Annual administration report of the Civil Veterinary Department, Ajmere-Merwara, British Rajputana - 1914-1940
Year: 1914
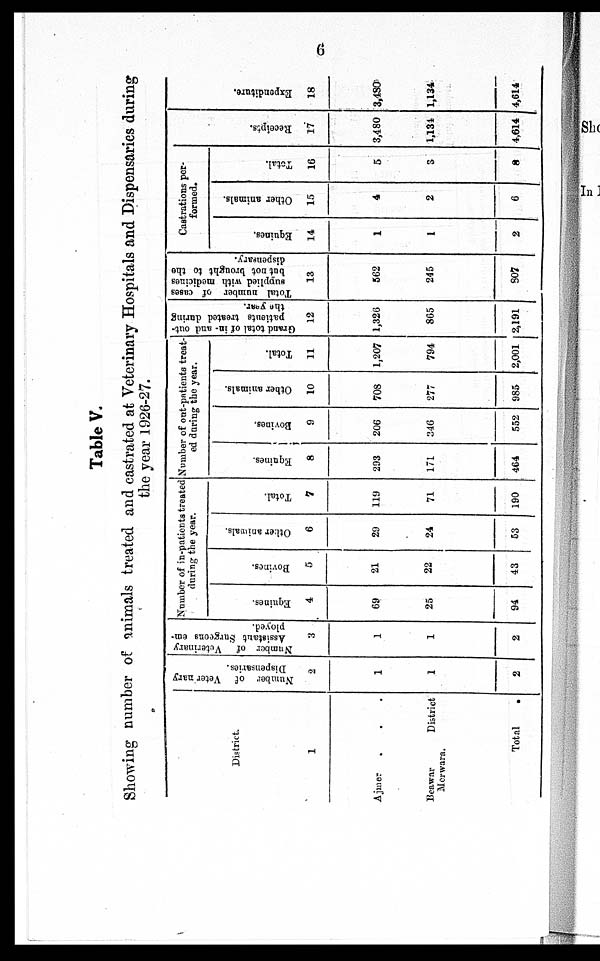
6
Table V.
Showing number of animals treated and castrated at Veterinary Hospitals and Dispensaries during
the year 1926-27.
District.
1
Ajmer . . .
Beawar
District
Merwara.
Total .
Number of Veterinary
Dispensaries.
2
1
1
2
Number of Veterinary
Assistant Surgeons em-
ployed.
3
1
1
2
Number of in-patients treated
during the year.
Equines.
4
69
25
94
Bovines.
5
21
22
43
Other animals.
6
29
24
53
Total.
7
119
71
190
Number of out-patients treat-
ed during the year.
Equines.
8
293
171
464
Bovines.
9
206
346
552
Other animals.
10
708
277
985
Total.
11
1,207
794
2,001
Grand total of in and out-
patients treated during
the year.
12
1,326
865
2,191
Total number of cases
supplied with medicines
but not brought to the
dispensary.
13
562
245
807
Castrations per-
formed.
Equines.
14
1
1
2
Other animals.
15
4
2
6
Total.
16
5
3
8
Receipts.
17
3,480
1,134
4,614
Expe ndi t
ur e .
18
3,480
1,134
4,614